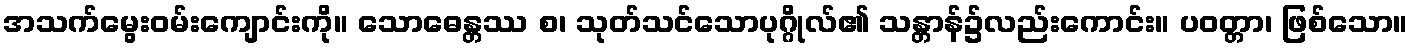
အသက်မွေးဝမ်းကျောင်းကို။ သောဓေန္တဿ စ၊ သုတ်သင်သောပုဂ္ဂိုလ်၏ သန္တာန်၌လည်းကောင်း။ ပဝတ္တာ၊ ဖြစ်သော။